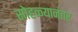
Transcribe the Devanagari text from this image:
सोहळ्यानंतर